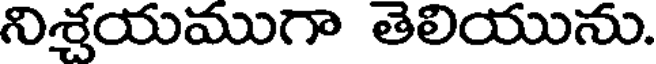
నిశ్చయముగా తెలియును.